Piroplasma canis and its life cycle in the tick - Number 29
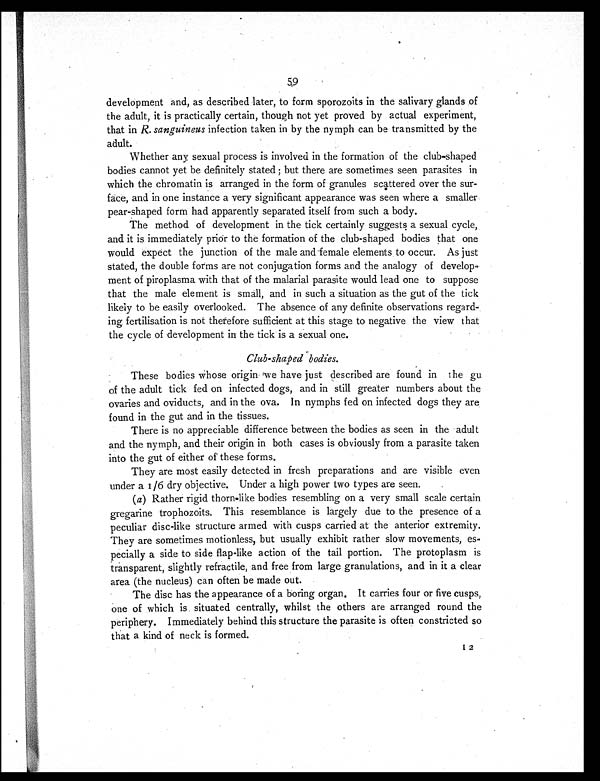
59
development and, as described later, to form sporozoits in the salivary glands of
the adult, it is practically certain, though not yet proved by actual experiment,
that in R. sanguineus infection taken in by the nymph can be transmitted by the
adult.
Whether any sexual process is involved in the formation of the club-shaped
bodies cannot yet be definitely stated; but there are sometimes seen parasites in
which the chromatin is arranged in the form of granules scattered over the sur-
face, and in one instance a very significant appearance was seen where a smaller
pear-shaped form had apparently separated itself from such a body.
The method of development in the tick certainly suggests a sexual cycle,
and it is immediately prior to the formation of the club-shaped bodies that one
would expect the junction of the male and female elements to occur. As just
stated, the double forms are not conjugation forms and the analogy of develop-
ment of piroplasma with that of the malarial parasite would lead one to suppose
that the male element is small, and in such a situation as the gut of the tick
likely to be easily overlooked. The absence of any definite observations regard-
ing fertilisation is not therefore sufficient at this stage to negative the view that
the cycle of development in the tick is a sexual one.
Club-shaped bodies.
These bodies whose origin we have just described are found in the gu
of the adult tick fed on infected dogs, and in still greater numbers about the
ovaries and oviducts, and in the ova. In nymphs fed on infected dogs they are
found in the gut and in the tissues.
There is no appreciable difference between the bodies as seen in the adult
and the nymph, and their origin in both cases is obviously from a parasite taken
into the gut of either of these forms.
They are most easily detected in fresh preparations and are visible even
under a 1/6 dry objective. Under a high power two types are seen.
(a) Rather rigid thorn-like bodies resembling on a very small scale certain
gregarine trophozoits. This resemblance is largely due to the presence of a
peculiar disc-like structure armed with cusps carried at the anterior extremity.
They are sometimes motionless, but usually exhibit rather slow movements, es-
pecially a side to side flap-like action of the tail portion. The protoplasm is
transparent, slightly refractile, and free from large granulations, and in it a clear
area (the nucleus) can often be made out.
The disc has the appearance of a boring organ. It carries four or five cusps,
one of which is situated centrally, whilst the others are arranged round the
periphery. Immediately behind this structure the parasite is often constricted so
that a kind of neck is formed.
I 2